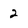
Character: 2